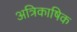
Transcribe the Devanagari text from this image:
अत्रिकाषिक